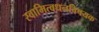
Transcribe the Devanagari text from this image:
स्वामित्वधनविषयक